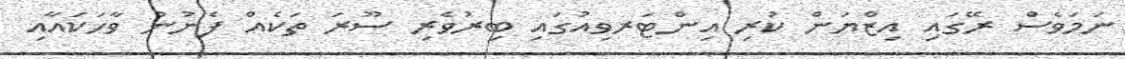
ނަމަވެސް ރޭގައި އިޒްޔަން ކުރި އިންޓަރވިއުގައި ބިރުވެރި ސޫރަ ތަކެއް ފެނުނު ވާހަކައާއި